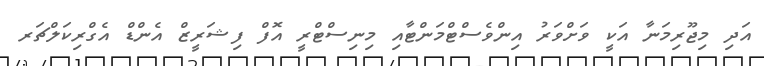
އަދި މިޖޫރިމަނާ އަކީ ވަށްވަރު އިންވެސްޓްމަންޓާއި މިނިސްޓްރީ އޮފް ފިޝަރީޒް އެންޑް އެގްރިކަލްޗަރ